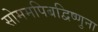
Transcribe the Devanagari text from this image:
सोममपिबद्विष्णुना